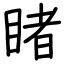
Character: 睹